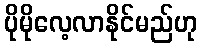
ပိုမိုလေ့လာနိုင်မည်ဟု